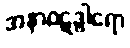
အနာဝဋဒွါရော